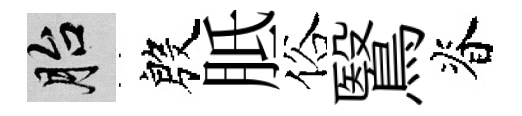
胎殷胝俗鷖脊